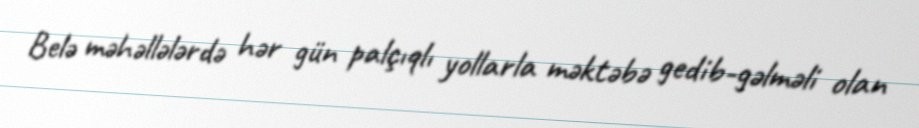
Belə məhəllələrdə hər gün palçıqlı yollarla məktəbə gedib-gəlməli olan